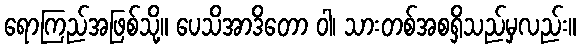
ရောကြည်အဖြစ်သို့။ ပေသိအာဒိတော ဝါ၊ သားတစ်အစရှိသည်မှလည်း။